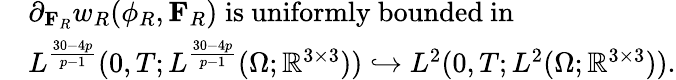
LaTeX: \begin{array}{rl}&{\partial_{\mathbf{F}_{R}}w_{R}(\phi_{R},\mathbf{F}_{R})\; \mathrm{is~uniformly~bounded~in}\; }\\ &{L^{\frac{30-4p}{p-1}}(0,T;L^{\frac{30-4p}{p-1}}(\Omega;\mathbb{R}^{3\times 3}))\hookrightarrow L^{2}(0,T;L^{2}(\Omega;\mathbb{R}^{3\times 3})).}\end{array}